Proceedings of the meeting of veterinary officers in India
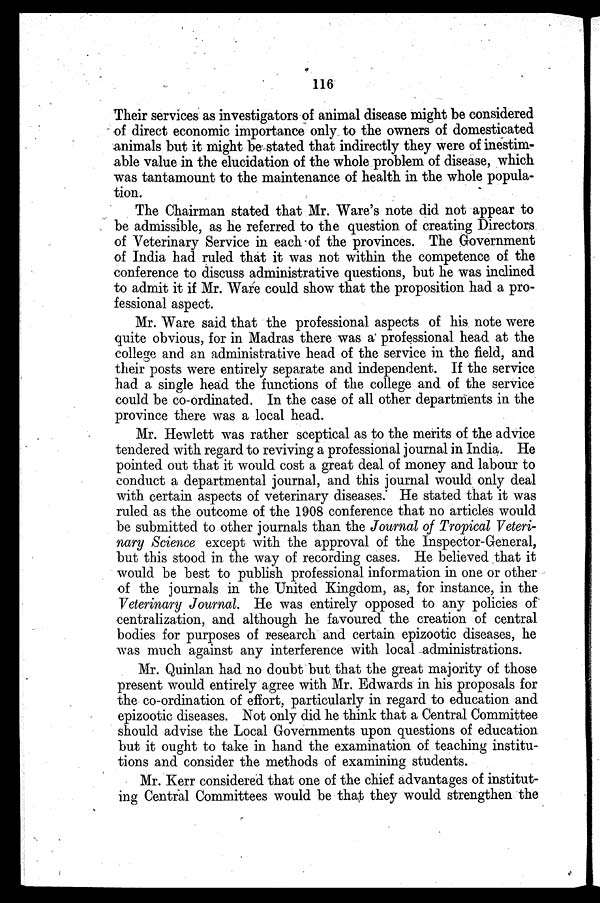
116
Their services as investigators of animal disease might be considered
of direct economic importance only to the owners of domesticated
animals but it might be stated that indirectly they were of inestim-
able value in the elucidation of the whole problem of disease, which
was tantamount to the maintenance of health in the whole popula-
tion.
The Chairman stated that Mr. Ware's note did not appear to
be admissible, as he referred to the question of creating Directors
of Veterinary Service in each of the provinces. The Government
of India had ruled that it was not within the competence of the
conference to discuss administrative questions, but he was inclined
to admit it if Mr. Ware could show that the proposition had a pro-
fessional aspect.
Mr. Ware said that the professional aspects of his note were
quite obvious, for in Madras there was a professional head at the
college and an administrative head of the service in the field, and
their posts were entirely separate and independent. If the service
had a single head the functions of the college and of the service
could be co-ordinated. In the case of all other departments in the
province there was a local head.
Mr. Hewlett was rather sceptical as to the merits of the advice
tendered with regard to reviving a professional journal in India. He
pointed out that it would cost a great deal of money and labour to
conduct a departmental journal, and this journal would only deal
with certain aspects of veterinary diseases. He stated that it was
ruled as the outcome of the 1908 conference that no articles would
be submitted to other journals than the Journal of Tropical Veteri-
nary Science except with the approval of the Inspector-General,
but this stood in the way of recording cases. He believed that it
would be best to publish professional information in one or other
of the journals in the United Kingdom, as, for instance, in the
Veterinary Journal. He was entirely opposed to any policies of
centralization, and although he favoured the creation of central
bodies for purposes of research and certain epizootic diseases, he
was much against any interference with local administrations.
Mr. Quinlan had no doubt but that the great majority of those
present would entirely agree with Mr. Edwards in his proposals for
the co-ordination of effort, particularly in regard to education and
epizootic diseases. Not only did he think that a Central Committee
should advise the Local Governments upon questions of education
but it ought to take in hand the examination of teaching institu-
tions and consider the methods of examining students.
Mr. Kerr considered that one of the chief advantages of institut-
ing Central Committees would be that they would strengthen the